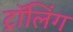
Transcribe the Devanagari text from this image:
ट्रॉलिंग